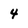
Character: 4